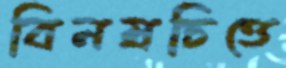
বিনম্রচিত্তে